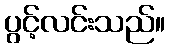
ပွင့်လင်းသည်။